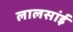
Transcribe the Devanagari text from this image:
लालसांई